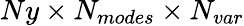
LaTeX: Ny\times N_{modes}\times N_{var}